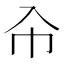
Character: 㠳